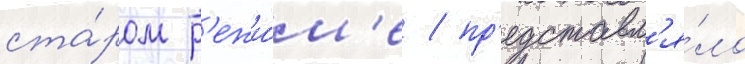
ста́ром р'ежи́м'е / пр'едставл'я́ло